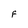
Character: f